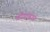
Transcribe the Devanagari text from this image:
ळौगांबगां